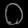
Digit: ၀